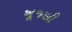
ખૂજલી